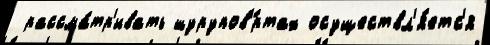
 рассма́тр'ивать шурупов'́ртах осуществл'я́етс'я